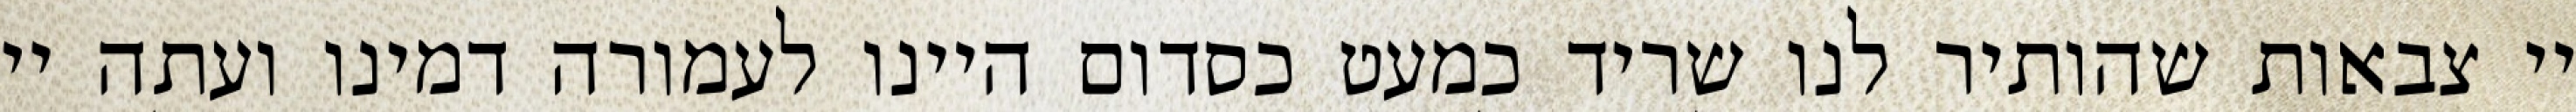
יי צבאות שהותיר לנו שריד כמעט כסדום היינו לעמורה דמינו ועתה יי